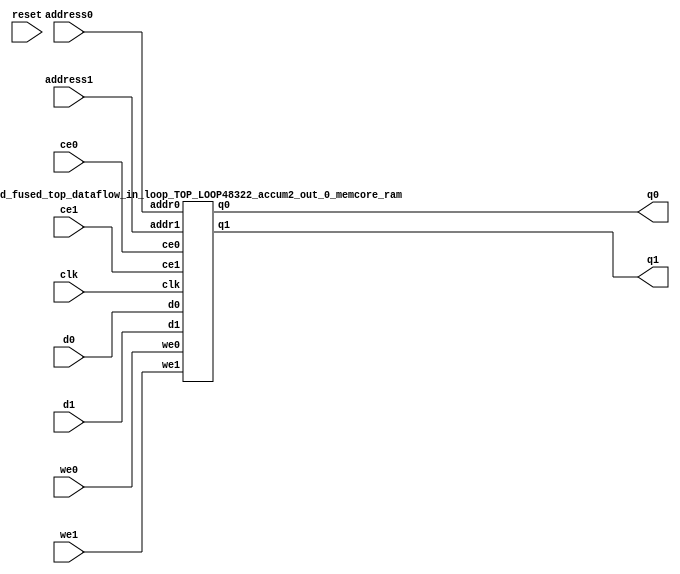
`define EXPONENT 5
`define MANTISSA 10
`define ACTUAL_MANTISSA 11
`define EXPONENT_LSB 10
`define EXPONENT_MSB 14
`define MANTISSA_LSB 0
`define MANTISSA_MSB 9
`define MANTISSA_MUL_SPLIT_LSB 3
`define MANTISSA_MUL_SPLIT_MSB 9
`define SIGN 1
`define SIGN_LOC 15
`define DWIDTH (`SIGN+`EXPONENT+`MANTISSA)
`define IEEE_COMPLIANCE 1

module td_fused_top_dataflow_in_loop_TOP_LOOP48322_accum2_out_0_memcore(
    reset,
    clk,
    address0,
    ce0,
    we0,
    d0,
    q0,
    address1,
    ce1,
    we1,
    d1,
    q1);

parameter DataWidth = 32'd16;
parameter AddressRange = 32'd16;
parameter AddressWidth = 32'd4;
input reset;
input clk;
input[AddressWidth - 1:0] address0;
input ce0;
input we0;
input[DataWidth - 1:0] d0;
output[DataWidth - 1:0] q0;
input[AddressWidth - 1:0] address1;
input ce1;
input we1;
input[DataWidth - 1:0] d1;
output[DataWidth - 1:0] q1;



td_fused_top_dataflow_in_loop_TOP_LOOP48322_accum2_out_0_memcore_ram td_fused_top_dataflow_in_loop_TOP_LOOP48322_accum2_out_0_memcore_ram_U(
    .clk( clk ),
    .addr0( address0 ),
    .ce0( ce0 ),
    .we0( we0 ),
    .d0( d0 ),
    .q0( q0 ),
    .addr1( address1 ),
    .ce1( ce1 ),
    .we1( we1 ),
    .d1( d1 ),
    .q1( q1 )
);

endmodule
module td_fused_top_dataflow_in_loop_TOP_LOOP48322_accum2_out_0_memcore_ram (addr0, ce0, d0, we0, q0, addr1, ce1, d1, we1, q1,  clk);

parameter DWIDTH = 16;
parameter AWIDTH = 4;
parameter MEM_SIZE = 16;

input[AWIDTH-1:0] addr0;
input ce0;
input[DWIDTH-1:0] d0;
input we0;
output reg[DWIDTH-1:0] q0;
input[AWIDTH-1:0] addr1;
input ce1;
input[DWIDTH-1:0] d1;
input we1;
output reg[DWIDTH-1:0] q1;
input clk;

reg [DWIDTH-1:0] ram[MEM_SIZE-1:0];




always @(posedge clk)  
begin 
    if (ce0) begin
        if (we0) 
            ram[addr0] <= d0; 
        q0 <= ram[addr0];
    end
end


always @(posedge clk)  
begin 
    if (ce1) begin
        if (we1) 
            ram[addr1] <= d1; 
        q1 <= ram[addr1];
    end
end


endmodule